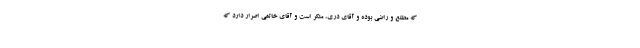
كه مطلع و راضی بوده و آقاى درى، منكر است و آقاى خاتمى اصرار دارد كه